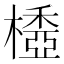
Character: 𣛽